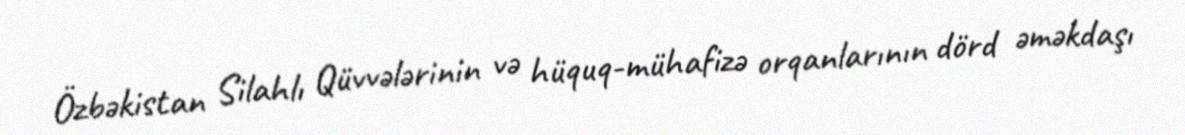
Özbəkistan Silahlı Qüvvələrinin və hüquq-mühafizə orqanlarının dörd əməkdaşı